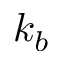
k _ { b }